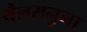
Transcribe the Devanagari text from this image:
थैलसनुमा